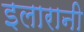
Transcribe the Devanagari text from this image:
इलारानी